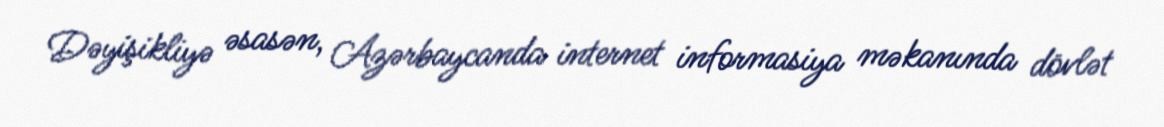
Dəyişikliyə əsasən, Azərbaycanda internet informasiya məkanında dövlət